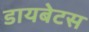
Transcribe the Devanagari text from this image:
डायबेटस